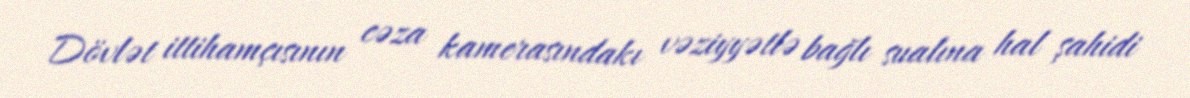
Dövlət ittihamçısının cəza kamerasındakı vəziyyətlə bağlı sualına hal şahidi